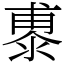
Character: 鿿